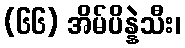
(၆၆) အိမ်ပိန္နဲသီး၊